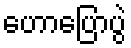
ဟောပြောပွဲ